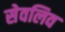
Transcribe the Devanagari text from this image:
सेवलिव